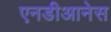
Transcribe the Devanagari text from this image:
एनडीआनेस